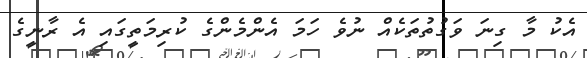
އެކު މާ ގިނަ ވަގުތުތަކެއް ނުވެ ހަމަ އެންމެންގެ ކުރިމަތީގައި އެ ރާނީގެ